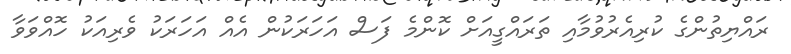
ރައްޔިތުންގެ ކުރިއެރުވުމާއި ތަރައްގީއަށް ކޮންމެ ފަސް އަހަރަކުން އެއް އަހަރަކު ވެރިއަކު ހޮއްވަވާ